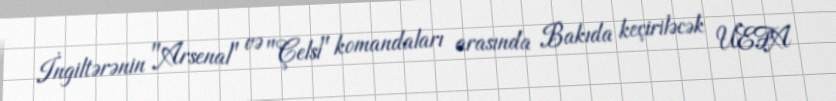
İngiltərənin "Arsenal" və "Çelsi" komandaları arasında Bakıda keçiriləcək UEFA